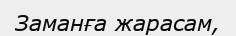
Заманға жарасам,